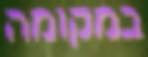
במקומה